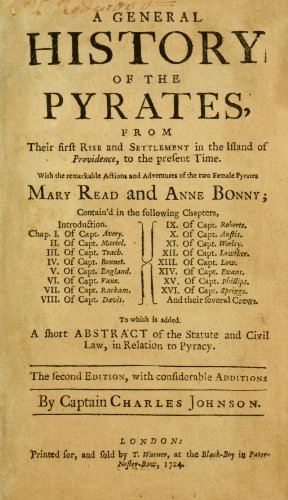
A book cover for A General History of The Pyrates From Their First Rise and Settlement in The Island of Providence, To The Present Time. With The Remarkable Actions and Adventures of The Two Female Pyrates Mary Read and Anne Bonnyto Which Is Added. A Short Abstract of The Statute and Civil Law, in Relation to Pyracy; Daniel Defoe; Law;